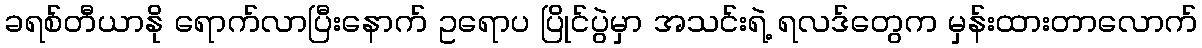
ခရစ်တီယာနို ရောက်လာပြီးနောက် ဥရောပ ပြိုင်ပွဲမှာ အသင်းရဲ့ ရလဒ်တွေက မှန်းထားတာလောက်